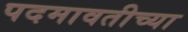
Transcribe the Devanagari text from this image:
पदमावतीच्या